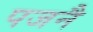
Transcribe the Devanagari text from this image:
पजनै